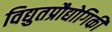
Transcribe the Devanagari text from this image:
विद्युतप्रौद्योगिकी